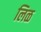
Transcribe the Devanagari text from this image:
लिळ